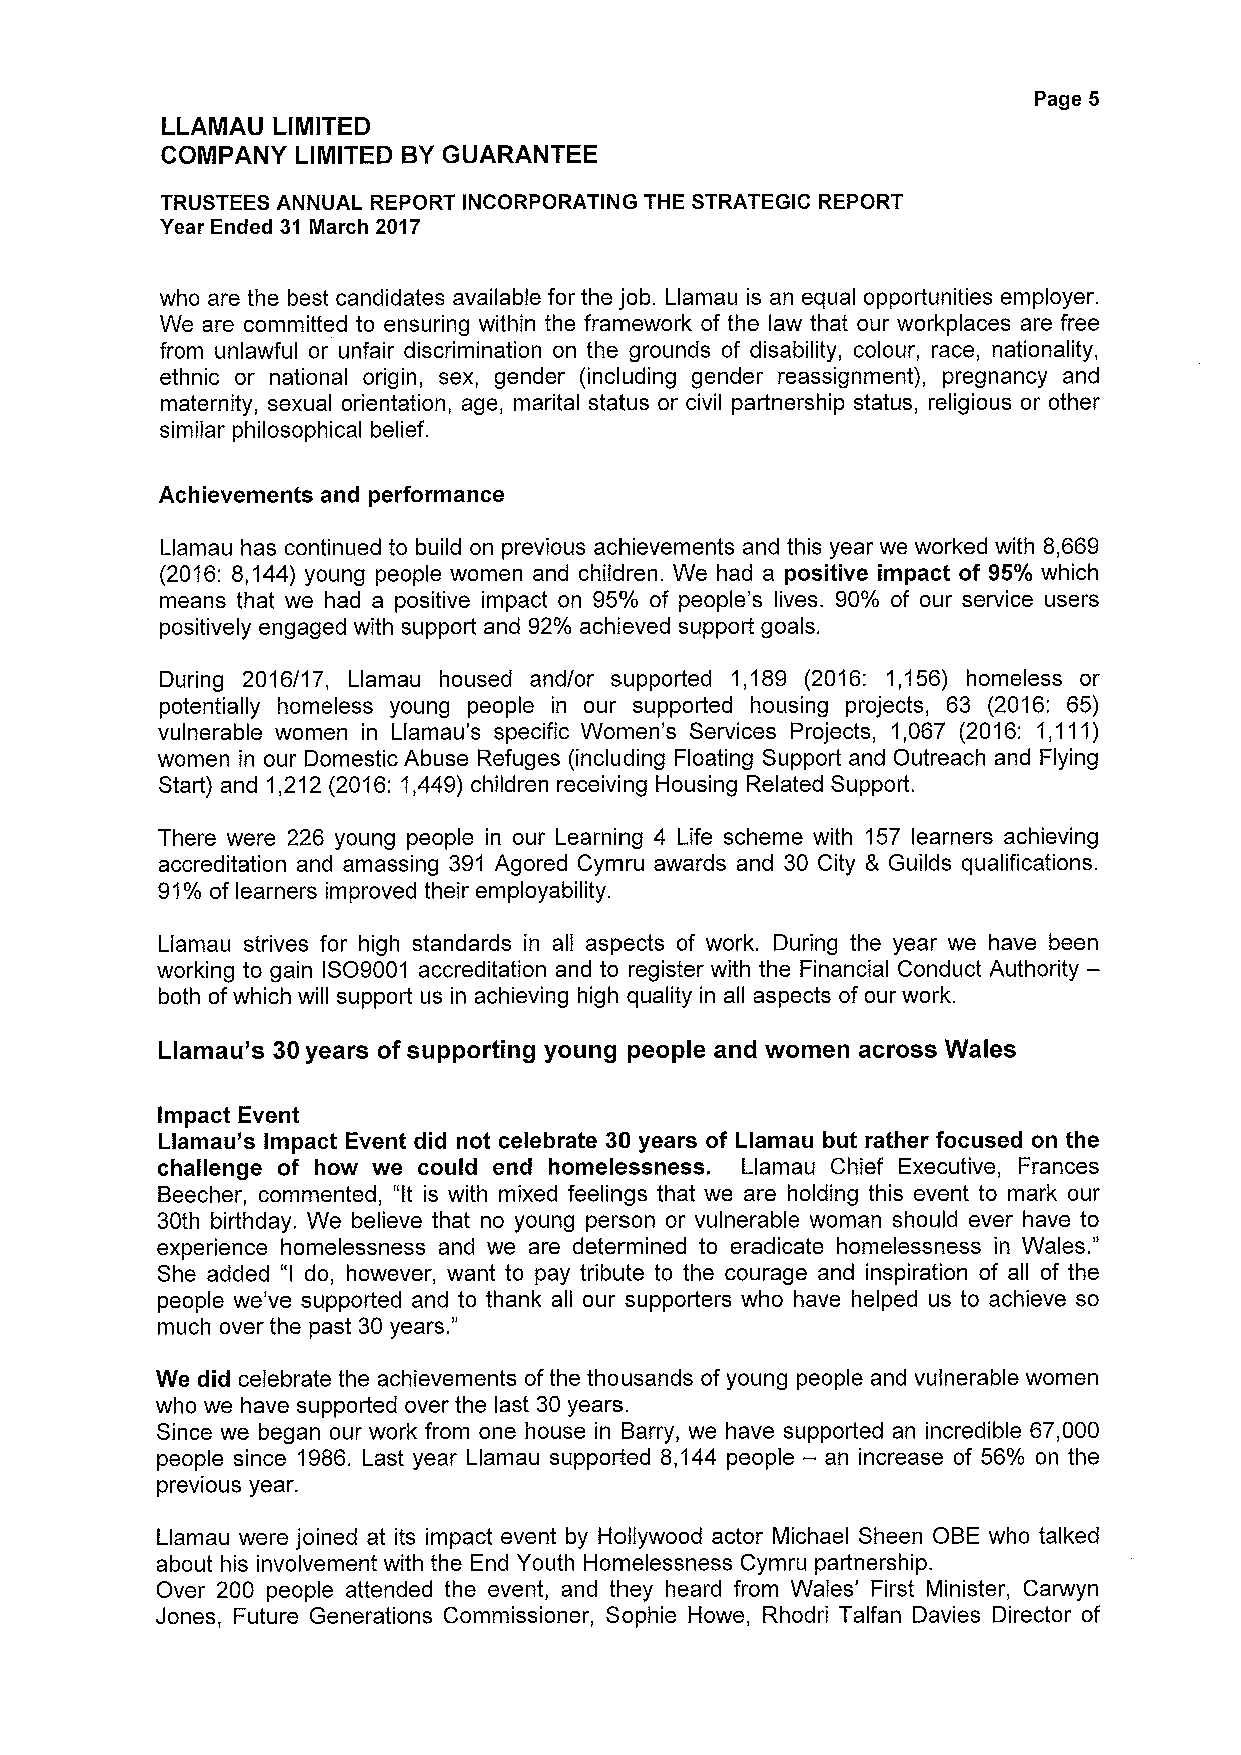
Page 5
 LLAMAU LIMITED
 COMPANY  LIMITED BYGUARANTEE
 TRUSTEES ANNUAL REPORT INCORPORATING THE STRATEGIC REPORT
 Year Ended 31 March 2017
 who are the best candidates available for the job. Llamau is an equal opportunities employer.
 We are committed to ensuring within the framework of the law that our workplaces are free
 from unlawful or unfair discrimination on the grounds of disability, colour, race, nationality,
 ethnic or national origin, sex, gender (including gender reassignment), pregnancy and
 maternity, sexual orientation, age, marital status or civil partnership status, religious or other
 similar philosophical belief.
 Achievements and performance
 Llamau has continued to build on previous achievements and this year we worked with 8,669
 (2016:8,144) young people women and children. We had a positive impact of 95% which
 means that we had a positive impact on 95% of people's lives. 90% of our service users
 positively engaged with support and 92% achieved support goals.
 During 2016/17, Llamau housed and/or supported 1,189 (2016: 1,156) homeless or
 potentially homeless young people in our supported housing projects, 63 (2016: 65)
 vulnerable women in Llamau's specific Women's Services Projects, 1,067 (2016: 1,111)
 women in our Domestic Abuse Refuges (including Floating Support and Outreach and Flying
 Start) and 1,212 (2016:1,449) children receiving Housing Related Support.
 There were 226 young people in our Learning 4 Life scheme with 157 learners achieving
 accreditation and amassing 391 Agored Cymru awards and 30 City 8 Guilds qualifications.
 91%of learners improved their employability.
 Llamau strives for high standards in all aspects of work. During the year we have been
 working to gain ISO9001 accreditation and to register with the Financial Conduct Authority—
 both ofwhich will support us in achieving high quality in all aspects of our work.
 Llamau's 30years ofsupporting young people and women across Wales
 Impact Event
 Llamau's Impact Event did not celebrate 30 years of Llamau but rather focused on the
 challenge of how we could end homelessness. Llamau Chief Executive, Frances
 Beecher, commented, "It is with mixed feelings that we are holding this event to mark our
 30th birthday. We believe that no young person or vulnerable woman should ever have to
 "
 experience homelessness and we are determined to eradicate homelessness in Wales.
 She added "I do, however, want to pay tribute to the courage and inspiration of all of the
 people we've supported and to thank all our supporters who have helped us to achieve so
 "
 much over the past 30years.
 We did celebrate the achievements ofthe thousands of young people and vulnerable women
 who we have supported over the last 30 years.
 Since we began our work from one house in Barry, we have supported an incredible 67,000
 people since 1986. Last year Llamau supported 8,144 people — an increase of 56% on the
 previous year.
 Llamau were joined at its impact event by Hollywood actor Michael Sheen OBE who talked
 about his involvement with the End Youth Homelessness Cymru partnership.
 Over 200 people attended the event, and they heard from Wales' First Minister, Carwyn
 Jones, Future Generations Commissioner, Sophie Howe, Rhodri Talfan Davies Director of